Malaria in India - Number 2
Disease focus: Malaria
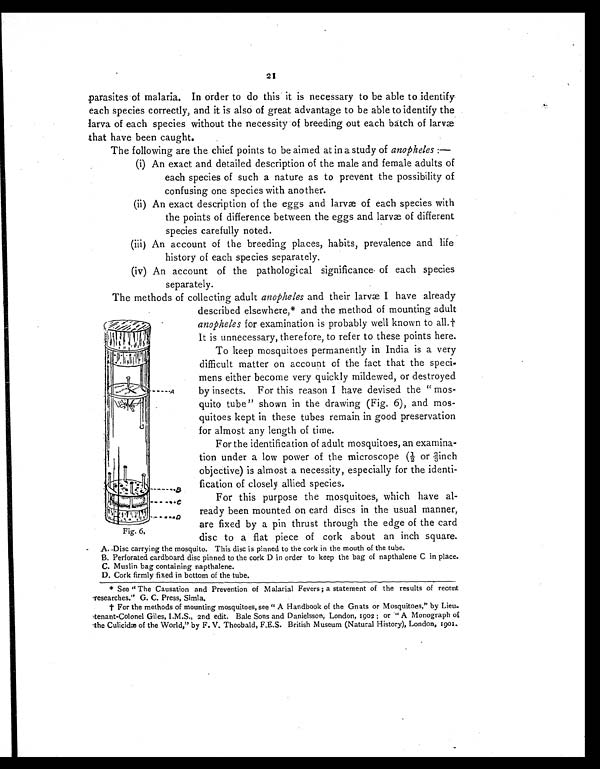
2I
parasites of malaria. In order to do this it is necessary to be able to identify
each species correctly, and it is also of great advantage to be able to identify the
larva of each species without the necessity of breeding out each batch of larvæ
that have been caught.
The following are the chief points to be aimed at in a study of anopheles :—
(i) An exact and detailed description of the male and female adults of
each species of such a nature as to prevent the possibility of
confusing one species with another.
(ii) An exact description of the eggs and larvæ of each species with
the points of difference between the eggs and larvæ of different
species carefully noted.
(iii) An account of the breeding places, habits, prevalence and life
history of each species separately.
(iv) An account of the pathological significance of each species
separately.
The methods of collecting adult anopheles and their larvæ I have already
described elsewhere,* and the method of mounting adult
anopheles for examination is probably well known to all.
† I t i s u n n e c e s s a r y , t h e r e f o r e , t o r e f e r t o t h e s e p o i n t s h e r e .
To keep mosquitoes permanently in India is a very
difficult matter on account of the fact that the speci-
mens either become very quickly mildewed, or destroyed
by insects. For this reason I have devised the "mos-
quito tube" shown in the drawing (Fig. 6), and mos-
quitoes kept in these tubes remain in good preservation
for almost any length of time.
For the identification of adult mosquitoes, an examina-
tion under a low power of the microscope ½ or ⅔inch
objective) is almost a necessity, especially for the identi-
fication of closely allied species.
For this purpose the mosquitoes, which have
a l - r e a d y b e e n m o u n t e d o n c a r d d i s c s i n t h e u s u a l m a n n e r ,
are fixed by a pin thrust through the edge of the card
disc to a flat piece of cork about an inch square.
A. Disc carrying the mosquito. This disc is pinned to the cork in the mouth of the tube.
B. Perforated cardboard disc pinned to the cork D in order to keep the bag of napthalene C in place.
C. Muslin bag containing napthalene.
D. Cork firmly fixed in bottom of the tube.
* See "The Causation and Prevention of Malarial Fevers; a statement of the results of recent
researches." G. C. Press, Simla.
† For the methods of mounting mosquitoes, see "A Handbook of the Gnats or Mosquitoes," by
Lieu-tenant-Colonel Giles, I.M.S., 2nd edit. Bale Sons and Danielsson, London, 1902 ; or "A Monograph of
the Culicidæ of the World, "by F. V. Theobald, F.E.S. British Museum (Natural History), London, 1901.